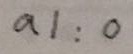
a 1 : 0